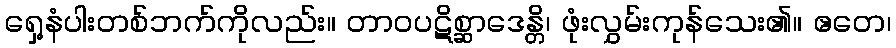
ရှေ့နံပါးတစ်ဘက်ကိုလည်း။ တာဝပဋိစ္ဆာဒေန္တိ၊ ဖုံးလွှမ်းကုန်သေး၏။ ဧတေ၊